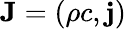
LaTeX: \mathbf{J}=(\rho c,\mathbf{j})